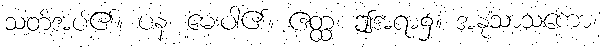
သတ်အပ်၏။ ပန၊ မေးပါ၏။ ဧတ္ထ၊ ဤအရာ၌။ အနုသာသကော၊